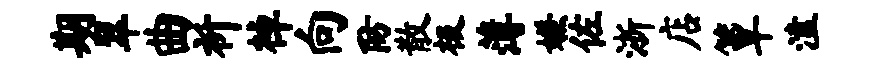
期翠曲祈棹向防散极薄嫌佐浙店簟溘